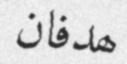
ھدفان